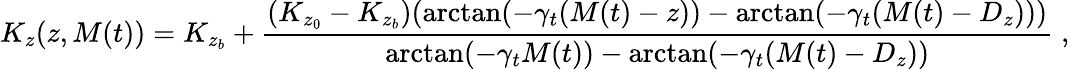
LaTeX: K_{z}(z,M(t))=K_{z_{b}}+\frac{(K_{z_{0}}-K_{z_{b}})(\arctan(-\gamma_{t}(M(t)-z))-\arctan(-\gamma_{t}(M(t)-D_{z})))}{\arctan(-\gamma_{t}M(t))-\arctan(-\gamma_{t}(M(t)-D_{z}))}\; ,